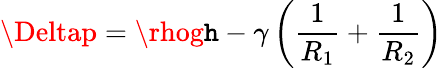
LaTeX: \Deltap=\rhog\mathtt{h}-\gamma\left({\frac{{1}}{{R_{1}}}}+{\frac{{1}}{{R_{2}}}}\right)